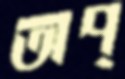
অপ্‌